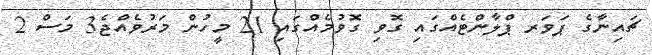
ޗައިނާގެ ޕަވަރ ޕްލާންޓެއްގައި ގޮވި ގޮވުމެއްގައި 21 މީހުން މަރުވެއްޖެ3 މަސް 2